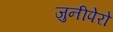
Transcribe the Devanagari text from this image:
जुनीपेरो